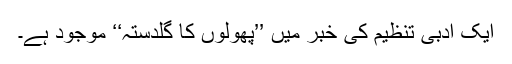
ایک ادبی تنظیم کی خبر میں ’’پھولوں کا گلدستہ‘‘ موجود ہے۔